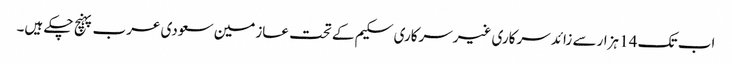
اب تک 14 ہزارسے زائد سرکاری غیرسرکاری سکیم کے تحت عازمین سعودی عرب پہنچ چکے ہیں۔